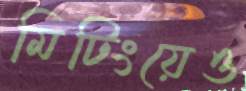
মিটিংয়েও